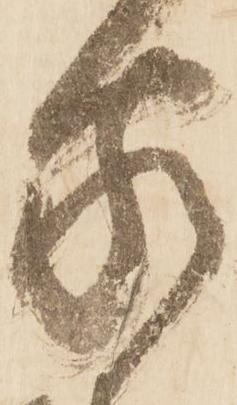
家